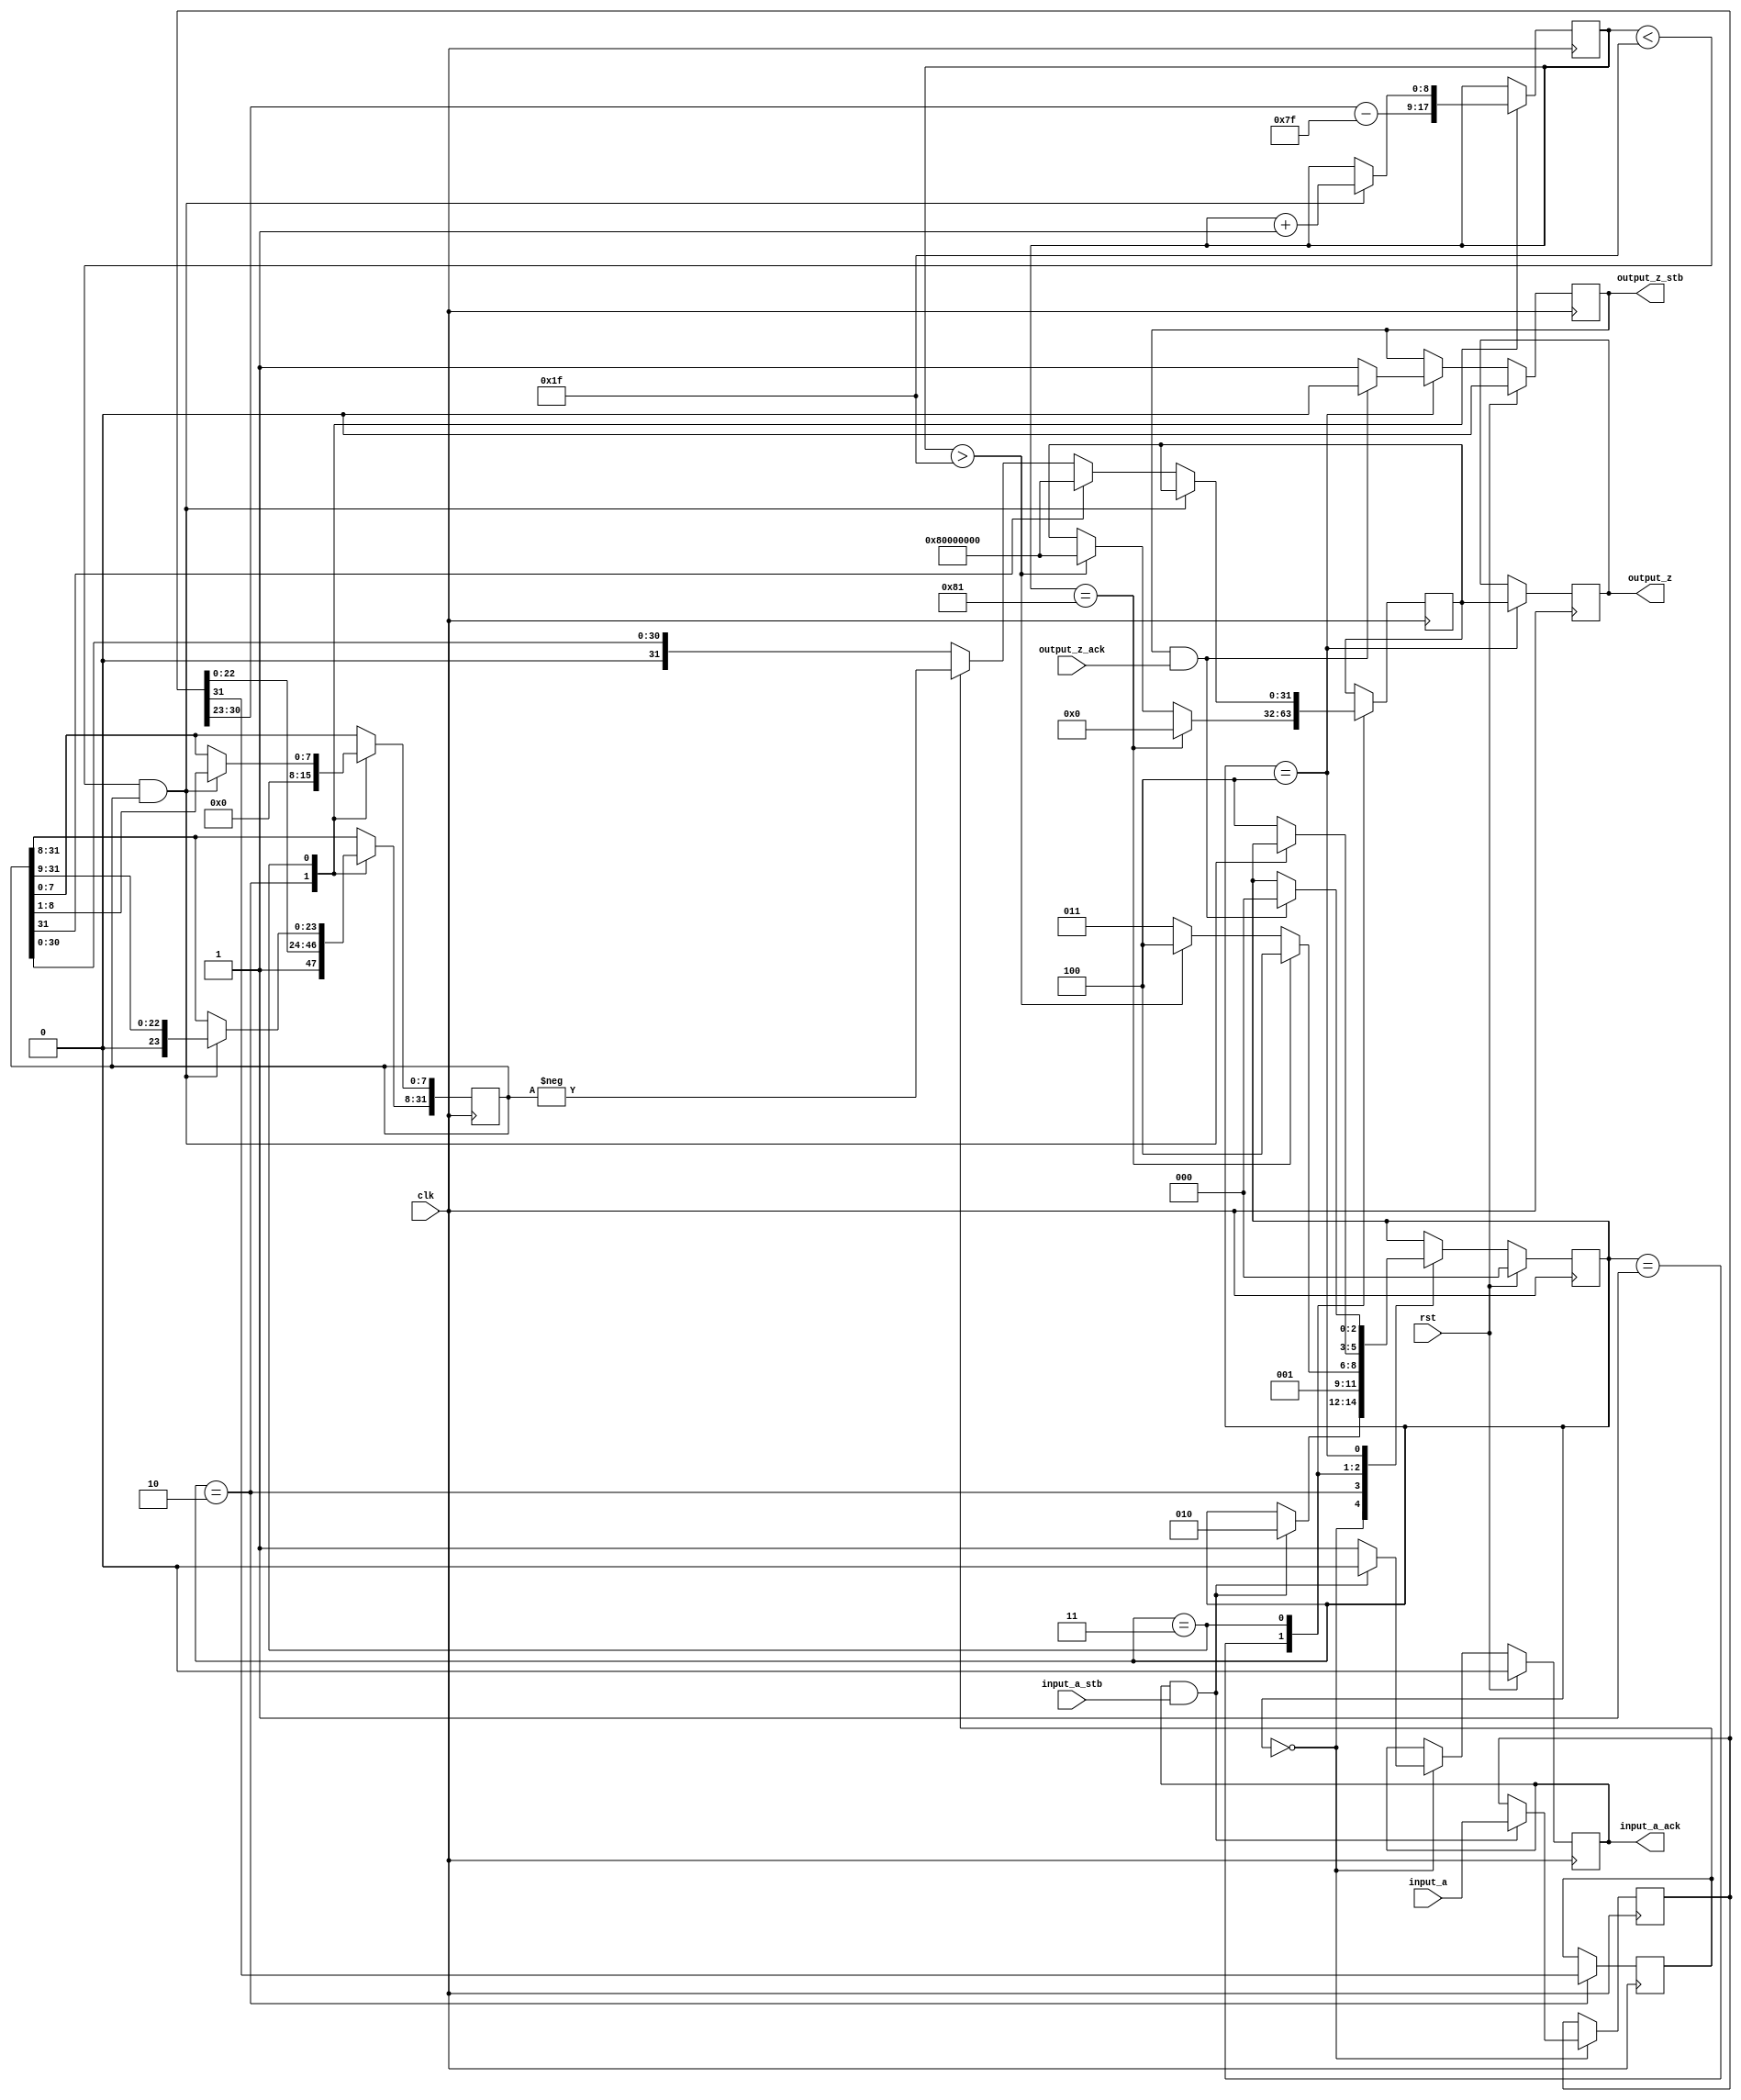
module float_to_int(
        input_a,
        input_a_stb,
        output_z_ack,
        clk,
        rst,
        output_z,
        output_z_stb,
        input_a_ack);

  input     clk;
  input     rst;

  input     [31:0] input_a;
  input     input_a_stb;
  output    input_a_ack;

  output    [31:0] output_z;
  output    output_z_stb;
  input     output_z_ack;

  reg       s_output_z_stb;
  reg       [31:0] s_output_z;
  reg       s_input_a_ack;

  reg       [2:0] state;
  parameter get_a         = 3'd0,
            special_cases = 3'd1,
            unpack        = 3'd2,
            convert       = 3'd3,
            put_z         = 3'd4;

  reg [31:0] a_m, a, z;
  reg [8:0] a_e;
  reg a_s;

  always @(posedge clk)
  begin

    case(state)

      get_a:
      begin
        s_input_a_ack <= 1;
        if (s_input_a_ack && input_a_stb) begin
          a <= input_a;
          s_input_a_ack <= 0;
          state <= unpack;
        end
      end

      unpack:
      begin
        a_m[31:8] <= {1'b1, a[22 : 0]};
        a_m[7:0] <= 0;
        a_e <= a[30 : 23] - 127;
        a_s <= a[31];
        state <= special_cases;
      end

      special_cases:
      begin
        if ($signed(a_e) == -127) begin
          z <= 0;
          state <= put_z;
        end else if ($signed(a_e) > 31) begin
          z <= 32'h80000000;
          state <= put_z;
        end else begin
          state <= convert;
        end
      end

      convert:
      begin
        if ($signed(a_e) < 31 && a_m) begin
          a_e <= a_e + 1;
          a_m <= a_m >> 1;
        end else begin
          if (a_m[31]) begin
            z <= 32'h80000000;
          end else begin
            z <= a_s ? -a_m : a_m;
          end
          state <= put_z;
        end
      end

      put_z:
      begin
        s_output_z_stb <= 1;
        s_output_z <= z;
        if (s_output_z_stb && output_z_ack) begin
          s_output_z_stb <= 0;
          state <= get_a;
        end
      end

    endcase

    if (rst == 1) begin
      state <= get_a;
      s_input_a_ack <= 0;
      s_output_z_stb <= 0;
    end

  end
  assign input_a_ack = s_input_a_ack;
  assign output_z_stb = s_output_z_stb;
  assign output_z = s_output_z;

endmodule